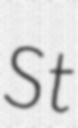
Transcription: St